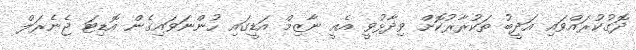
ދޮގުކުރައްވައި އަދީބު ތަކުރާރުކޮށް ވިދާޅުވީ އެއީ ނާޒިމް އަޑީގައި ހުންނަވައިގެން އޮޑިޓަ ޖެނެރަލް